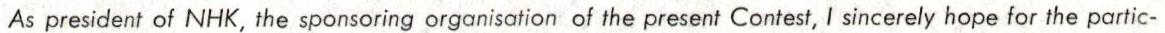
As president of NHK, the sponsoring organisation of the present Contest, I sincerely hope for the partic-